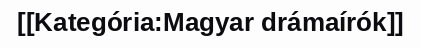
[[Kategória:Magyar drámaírók]]